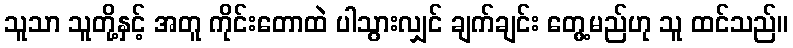
သူသာ သူတို့နှင့် အတူ ကိုင်းတောထဲ ပါသွားလျှင် ချက်ချင်း တွေ့မည်ဟု သူ ထင်သည်။